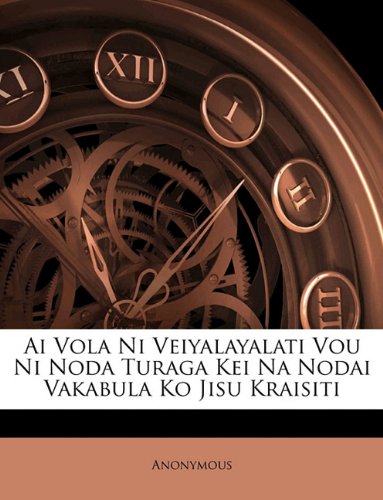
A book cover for Ai Vola Ni Veiyalayalati Vou Ni Noda Turaga Kei Na Nodai Vakabula Ko Jisu Kraisiti (Fiji Edition); Anonymous; History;